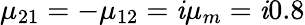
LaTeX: \mu_{21}=-\mu_{12}=\mathit{i}\mu_{m}=\mathit{i}0.8